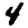
Digit: 4